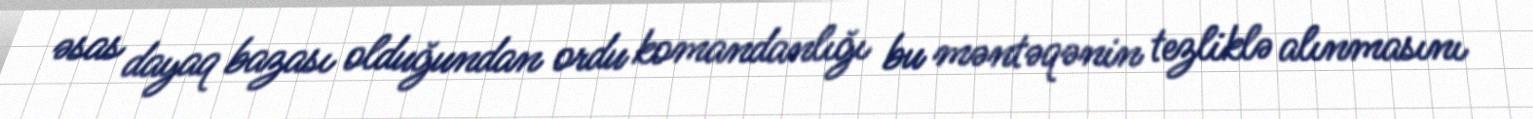
əsas dayaq bazası olduğundan ordu komandanlığı bu məntəqənin tezliklə alınmasını